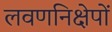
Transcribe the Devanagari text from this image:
लवणनिक्षेपों